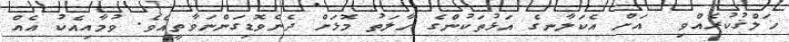
ޚަލްޤުކުރެއްވި  އަށް އެކަލާނގެ އަޅުތަކުންގެ ހާލަތު މޮޅަށް ދެނެވޮޑިގަންނަވާތީއެވެ. ވުމާއިއެކު އެއް